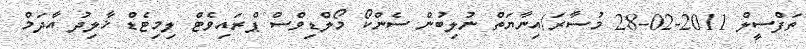
ތަފްސީލް 2011-02-28 މުސާރަ/އިނާޔަތް ނުލިބުން ސެންކޯ މޯލްޑިވްސް ޕްރައިވެޓް ލިމިޓެޑް ޚާލިދު އާދަމް